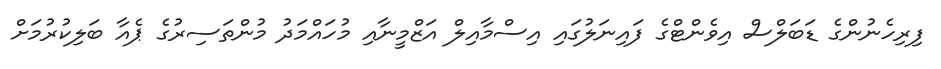
ފިރިހެނުންގެ ޑަބަލްސް އިވެންޓްގެ ފައިނަލުގައި އިސްމާއިލް އަޒްމީނާއި މުހައްމަދު މުންތަސިރުގެ ޕެއާ ބަލިކުރުމަށް